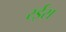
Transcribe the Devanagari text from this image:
रर्इस